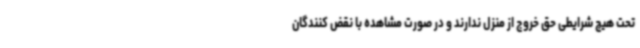
تحت هیچ شرایطی حق خروج از منزل ندارند و در صورت مشاهده با نقض کنندگان